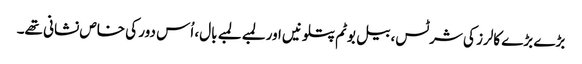
بڑے بڑے کالرز کی شرٹس، بیل بوٹم پتلونیں اور لمبے لمبے بال، اُس دور کی خاص نشانی تھے۔